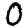
Digit: 0